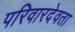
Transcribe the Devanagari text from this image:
परिवारदेवता